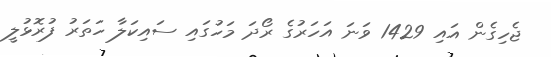
ޖެހިގެން އައި 1429 ވަނަ އަހަރުގެ ރޯދަ މަހުގައި ސައިކަލާ ހަތަރު ފުރޮޅުލީ